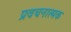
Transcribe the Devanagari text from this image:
प्रवचनात्मक